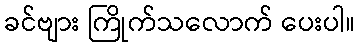
ခင်ဗျား ကြိုက်သလောက် ပေးပါ။